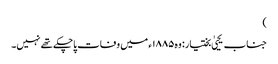
)
جناب یحییٰ بختیار: وہ ۱۸۸۵ء میں وفات پاچکے تھے نہیں۔